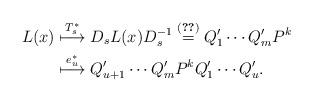
LaTeX: \begin{align*} L(x) &\stackrel{T^\ast_s}{\longmapsto} D_s L(x) D_s^{-1} \stackrel{\eqref{eq:DLD}}{=} Q_1'\cdots Q_m' P^k \\ &\stackrel{e^\ast_u}{\longmapsto} Q_{u+1}' \cdots Q_m' P^k Q_1' \cdots Q_u'. \end{align*}